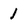
Character: 1